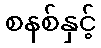
စနစ်နှင့်